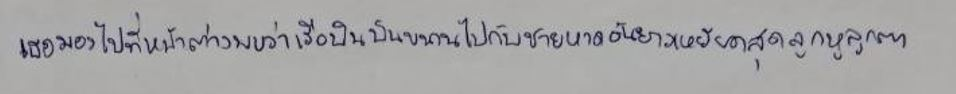
เธอมองไปที่หน้าต่างพบว่าเรือบินบินขนานไปกับชายหาดอันยาวเหยียดสุดลูกหูลูกตา